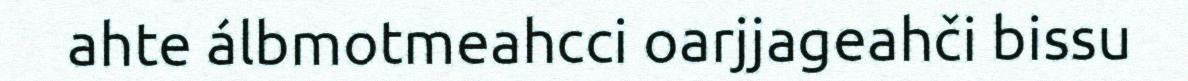
ahte álbmotmeahcci oarjjageahči bissu